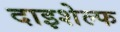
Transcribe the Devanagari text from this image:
दाइशेल्फ